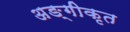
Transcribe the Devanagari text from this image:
अङ्गीकृत